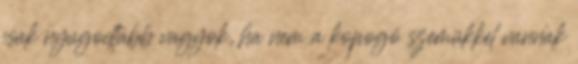
csak nyugodtabb vagyok, ha nem a kopogó szemükkel vannak